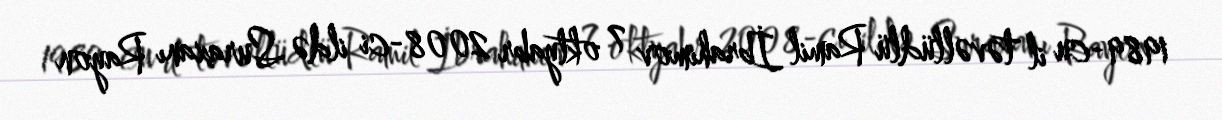
1989-cu il təvəllüdlü Ramil İbrahimov 7 oktyabr 2008-ci ildə Suraxanı Rayon